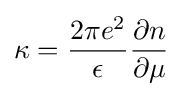
\kappa ={\frac {2\pi e^{2}}{\epsilon }}{\frac {\partial n}{\partial \mu }}